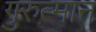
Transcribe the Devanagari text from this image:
गुरुत्मान